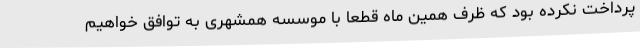
پرداخت نکرده بود که ظرف همین ماه قطعا با موسسه همشهری به توافق خواهیم